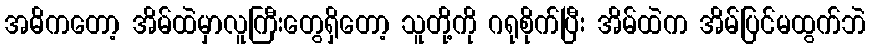
အဓိကတော့ အိမ်ထဲမှာလူကြီးတွေရှိတော့ သူတို့ကို ဂရုစိုက်ပြီး အိမ်ထဲက အိမ်ပြင်မထွက်ဘဲ